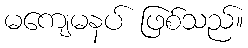
မကျေမနပ် ဖြစ်သည်။